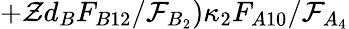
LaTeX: +\mathcal{Z}d_{B}F_{B12}/\mathcal{F}_{B_{2}})\kappa_{2}F_{A10}/\mathcal{F}_{A_{4}}